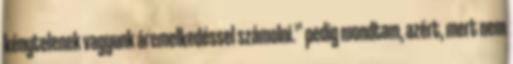
kénytelenek vagyunk áremelkedéssel számolni.” pedig mondtam, azért, mert nem